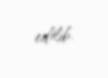
edilib.